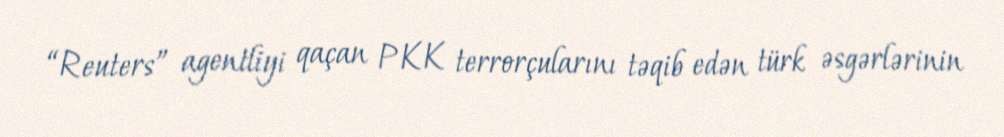
“Reuters” agentliyi qaçan PKK terrorçularını təqib edən türk əsgərlərinin